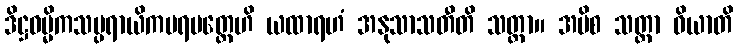
ဒိဋ္ဌဓမ္မိကသမ္ပရာယိကပရမတ္ထေဟိ ယထာရဟံ အနုသာသတီတိ သတ္ထာ။ အပိစ သတ္ထာ ဝိယာတိ